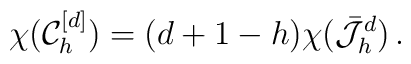
\chi(\mathcal{C}_h^{[d]})=(d+1-h) \chi(\bar\mathcal{J}^d_h)\,.